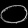
Digit: ၀